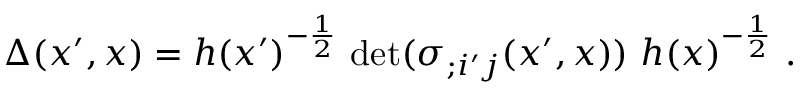
\Delta ( x ^ { \prime } , x ) = h ( x ^ { \prime } ) ^ { - \frac { 1 } { 2 } } ~ \mathrm { d e t } ( \sigma _ { ; i ^ { \prime } j } ( x ^ { \prime } , x ) ) ~ h ( x ) ^ { - \frac { 1 } { 2 } } \ .